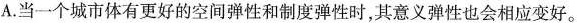
A.当一个城市体有更好的空间弹性和制度弹性时，其意义弹性也会相应变好。